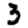
Digit: 3